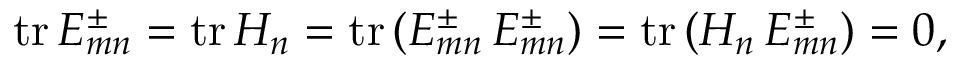
\mathrm { t r } \, E _ { m n } ^ { \pm } = \mathrm { t r } \, H _ { n } = \mathrm { t r } \, ( E _ { m n } ^ { \pm } \, E _ { m n } ^ { \pm } ) = \mathrm { t r } \, ( H _ { n } \, E _ { m n } ^ { \pm } ) = 0 ,